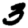
Digit: 3